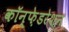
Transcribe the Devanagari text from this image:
कॉन्फ़ेडरेशन